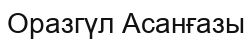
Оразгүл Асанғазы